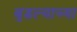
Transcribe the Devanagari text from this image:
बुडल्याच्या